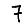
Digit: 7